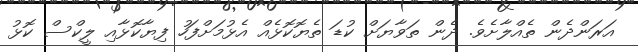
އަރަންދެން ތެއްލާށެވެ. ދެން ތަވާޔަށް ކުޑަ ތެޔޮކޮޅެއް އެޅުމަށްފަހު ފިޔާކޮޅާއި ލީކްސް ކޮޅު